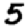
Digit: 5